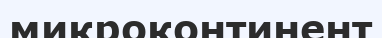
микроконтинент